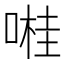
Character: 𠺺